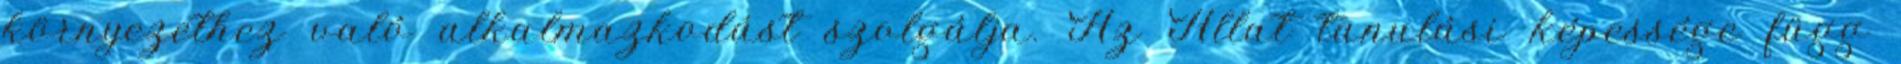
környezethez való alkalmazkodást szolgálja. Az Állat tanulási képessége függ